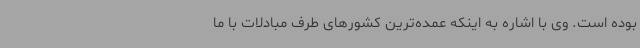
بوده است. وی با اشاره به اینکه عمده‌ترین کشورهای طرف مبادلات با ما